Lunatic asylums Punjab 1881-1894 - 1881-1894
Year: 1881
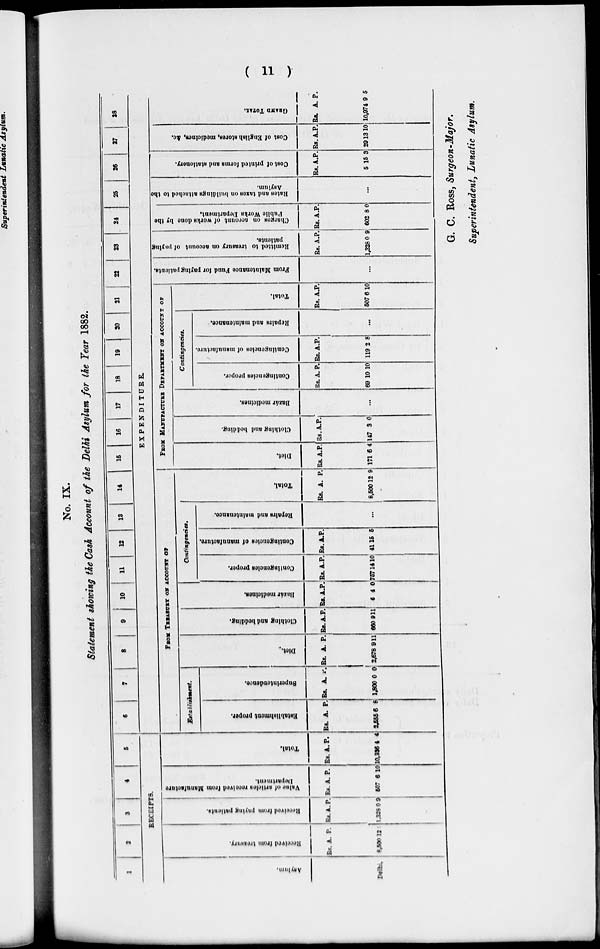
( 11 )
No. IX.
Statement showing the Cash Account of the Delhi Asylum for the Year 1882.
1
2
3
4
5
RECEIPTS.
Asylum.
Delhi.
Received from treasury.
Rs.
8,500
A.
12
P.
Received from paying patients.
Rs.
1,328
A.
0
P.
9
Value of articles recived
from Manufacture
Department.
Rs.
507
A.
6
P.
10
Total.
Rs.
10,336
A.
4
P.
4
6
7
8
9 10 11 12 13 14 15 16 17 18 19 20 21 22 23 24 25 26 27 28
EXPENDITURE.
FROM TREASURY ON ACCOUNT OF
Establishment.
Establishment proper.
Rs.
2,555
A.
6
P.
8
Superintendence.
Rs.
1,800
A.
0
P.
0
Diet.
Rs.
2,678
A.
9
P.
11
Clothing and bedding.
Rs.
600
A.
9
P.
11
Bazár modicines.
Rs.
6
A.
4
P.
0
Contingencies.
Conllngonolos propor.
Rs.
7
A.
14
P.
10
Contingencies of manufaoturo.
Rs.
41
A.
15
P.
5
Repairs nnd maintenance
...
Total.
Rs.
8,500
A.
12
P.
9
FROM MANUFACTURE DEPARTMENT ON ACCOUNT OF
Diet.
Rs.
171
A.
6
P.
4
Clothing and bodding.
Rs.
147
A.
3
P.
0
Bazár medicines.
...
Contingencies.
Contingencies propor.
Rs.
69
A.
10
P.
10
Contlngonelos of manufacture
Rs.
118
A.
12
P.
8
Repairs and maintenance.
...
Total.
Rs.
507
A.
6
P.
10
From Malutenanee Fuud for paying patients.
...
Remitted
to treasury on account
of pnying
patlents.
Rs.
1,328
A.
0
P.
9
Charges
on account of works done by the
Public Works Department.
Rs.
602
A.
8
P.
0
Rates and taxes on buildings attached to the
Asylum.
...
Cost of printed forms and stationery.
Rs.
5
A.
15
P.
3
Cost of English stores, medicines, &c.
Rs.
29
A.
13
P.
10
GRAND TOTAL.
Rs.
10,974
A.
9
P.
5
G. C. ROSS, Surgeon-Major,
Superintendent, Lunatic Asylum.